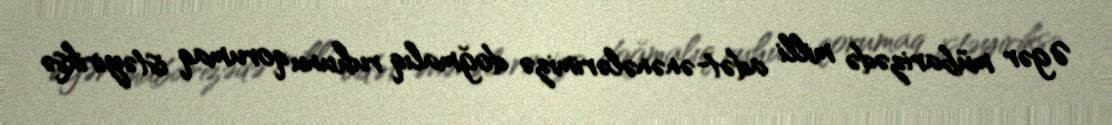
Əgər mübarizədə milli adət-ənənələrimizə doğmalıq ruhunu qorumaq istəyiriksə